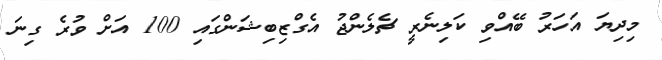
މިދިޔަ އަހަރު ބޭއްވި ކަލިނެރީ ޗެލެންޖު އެގްޒިބިޝަންގައި 100 އަށް ވުރެ ގިނަ